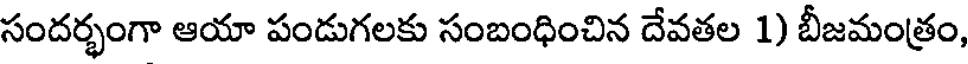
సందర్భంగా ఆయా పండుగలకు సంబంధించిన దేవతల 1) బీజమంత్రం,